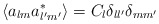
\begin{align*}\langle a_{lm}a_{l'm'}^*\rangle = C_l \delta _{ll'} \delta_{mm'}\end{align*}